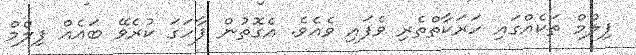
ފިލްމް ތަކެއްގައި ހަރަކާތްތެރި ވެފައި ވެއެވެ. އެގޮތުން ފާހަގަ ކުރެވޭ ބައެއް ފިލްމް